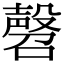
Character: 㲈